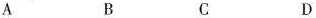
A B C D